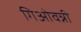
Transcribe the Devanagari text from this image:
गिओवन्नी